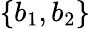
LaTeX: \{ b_{1},b_{2}\}